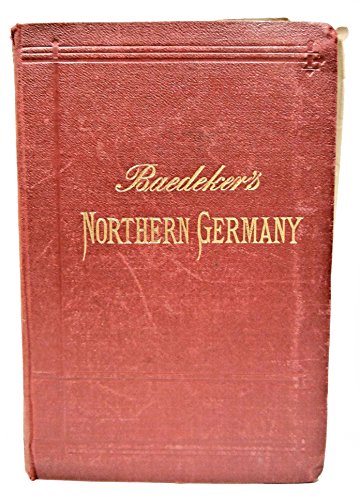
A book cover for Northern Italy Including Leghorn, Florence, Ravenna and Routes Through France, Switzerland, and Austria. Handbook for Travellers.; Karl BAEDEKER; Travel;